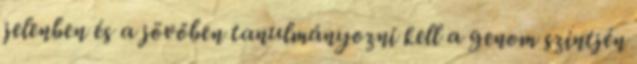
jelenben és a jövőben tanulmányozni kell a genom szintjén